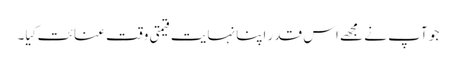
جو آپ نے مجھے اس قدر اپنا نہایت قیمتی وقت عنائت کِیا۔